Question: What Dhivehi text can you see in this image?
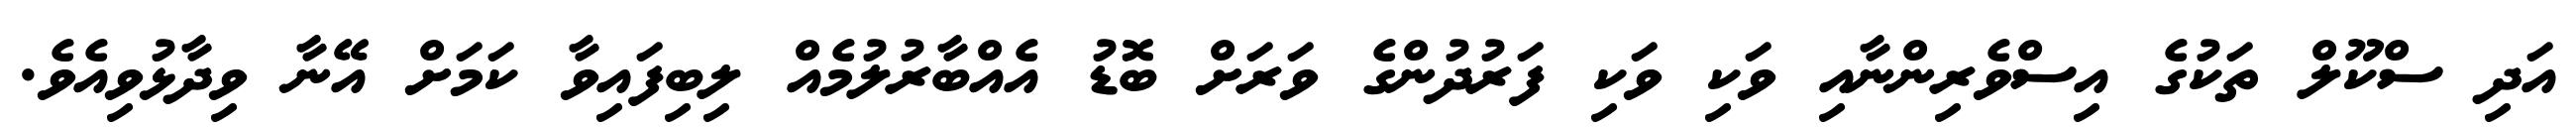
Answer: އަދި ސްކޫލް ތަކުގެ އިސްވެރިންނާއި ވަކި ވަކި ފަރުދުންގެ ވަރަށް ބޮޑު އެއްބާރުލުމެއް ލިބިފައިވާ ކަމަށް އޭނާ ވިދާޅުވިއެވެ.